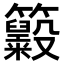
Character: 𥸃